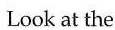
Look at the